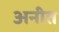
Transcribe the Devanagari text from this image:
अनीत